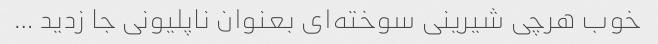
خوب هرچی شیرینی سوخته‌ای بعنوان ناپلیونی جا زدید …